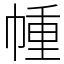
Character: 㡖